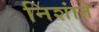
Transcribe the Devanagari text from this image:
निशांते